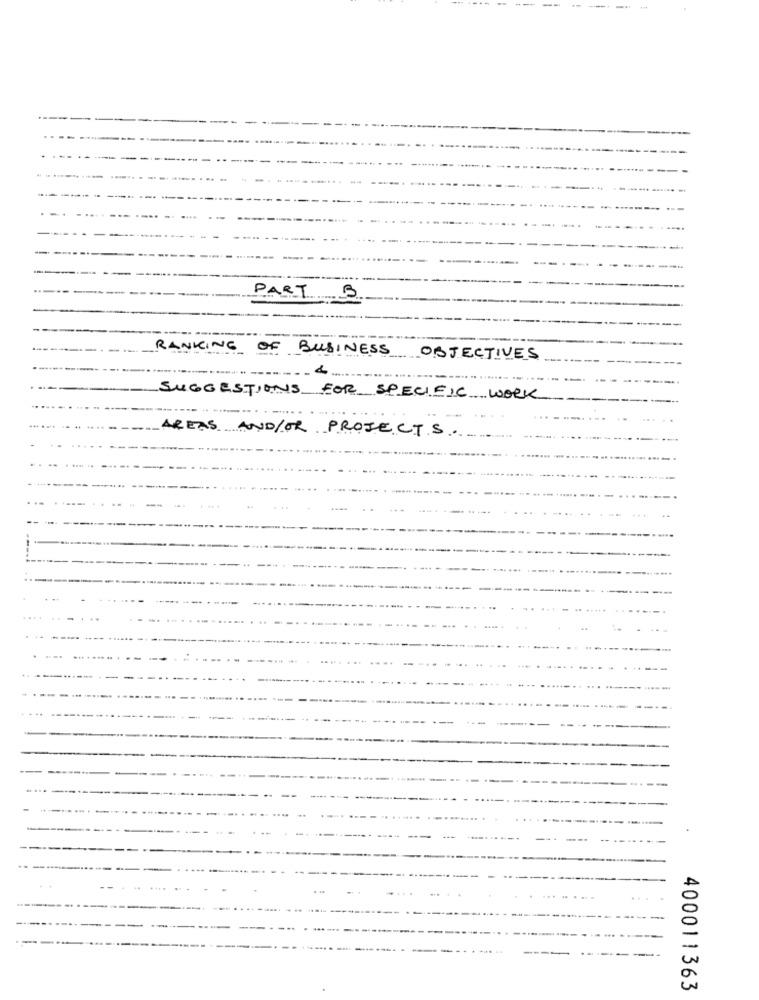
PART 5
RANKING OF BUSINESS
OBJECTIVES
SUGGESTIONS FOR SPECIFIC WORK
AREAS AND/OR PROJECTS.
400011363